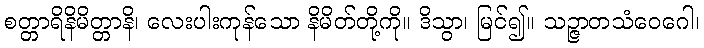
စတ္တာရိနိမိတ္တာနိ၊ လေးပါးကုန်သော နိမိတ်တို့ကို။ ဒိသွာ၊ မြင်၍။ သဉ္ဇာတသံဝေဂေါ၊